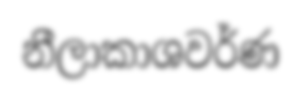
නීලාකාශවර්ණ